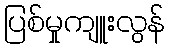
ပြစ်မှုကျူးလွန်